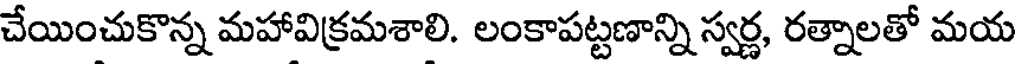
చేయించుకొన్న మహావిక్రమశాలి. లంకాపట్టణాన్ని స్వర్ణ, రత్నాలతో మయ